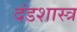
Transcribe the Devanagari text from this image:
दंडशास्त्र